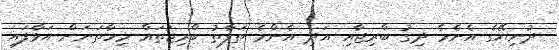
ދުނިޔޭގެ އެނެމެ ދިގު ބްރިޖާއި އަދި އެންމެ ތަފާތު ބްރިޖުތައް މިހާތަނަށް އަޅާފައި